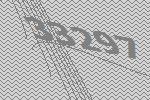
33297